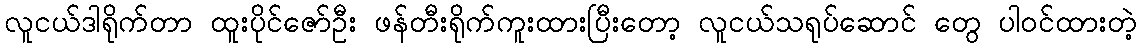
လူငယ်ဒါရိုက်တာ ထူးပိုင်ဇော်ဦး ဖန်တီးရိုက်ကူးထားပြီးတော့ လူငယ်သရုပ်ဆောင် တွေ ပါဝင်ထားတဲ့